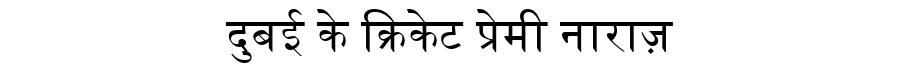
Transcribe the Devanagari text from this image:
दुबई के क्रिकेट प्रेमी नाराज़